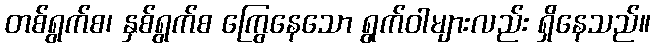
တစ်ရွက်စ၊ နှစ်ရွက်စ ကြွေနေသော ရွက်ဝါများလည်း ရှိနေသည်။